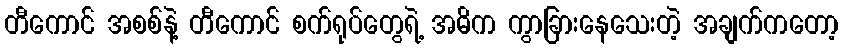
တီကောင် အစစ်နဲ့ တီကောင် စက်ရုပ်တွေရဲ့ အဓိက ကွာခြားနေသေးတဲ့ အချက်ကတော့